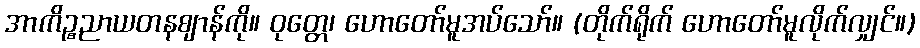
အာကိဉ္စညာယတနဈာန်ကို။ ဝုတ္တေ၊ ဟောတော်မူအပ်သော်။ (တိုက်ရိုက် ဟောတော်မူလိုက်လျှင်။)